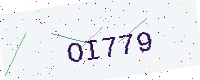
Text: OI779